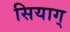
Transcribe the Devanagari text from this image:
सियाग्